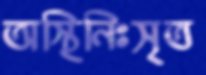
অস্থিনিঃসৃত